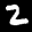
Label: 2